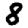
Digit: 8